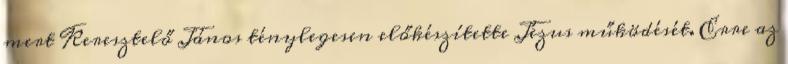
mert Keresztelő János ténylegesen előkészítette Jézus működését. Erre az